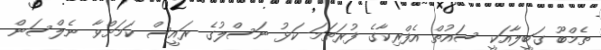
ތެމްބޫ ގަބީލާއަކީ ސައުތް އެފްރިކާގެ ފުރަތަމަ ކަޅު ނަސްލުގެ ރައީސް ކަމަށްވާ ނެލްސަން